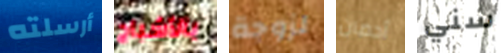
أرسلته بالأشباح لزوجة أحضان سني